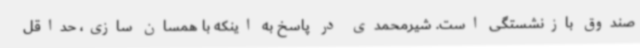
صندوق بازنشستگی است. شیرمحمدی در پاسخ به اینکه با همسان سازی، حداقل